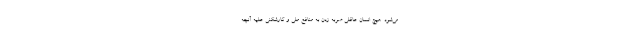
می‌شود. هیچ انسان عاقلی ضربه زدن به منافع ملی و کارشکنی علیه آنچه